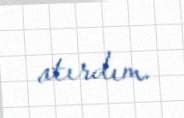
atırdım.